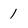
Character: 1